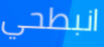
انبطحي